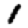
Digit: 1